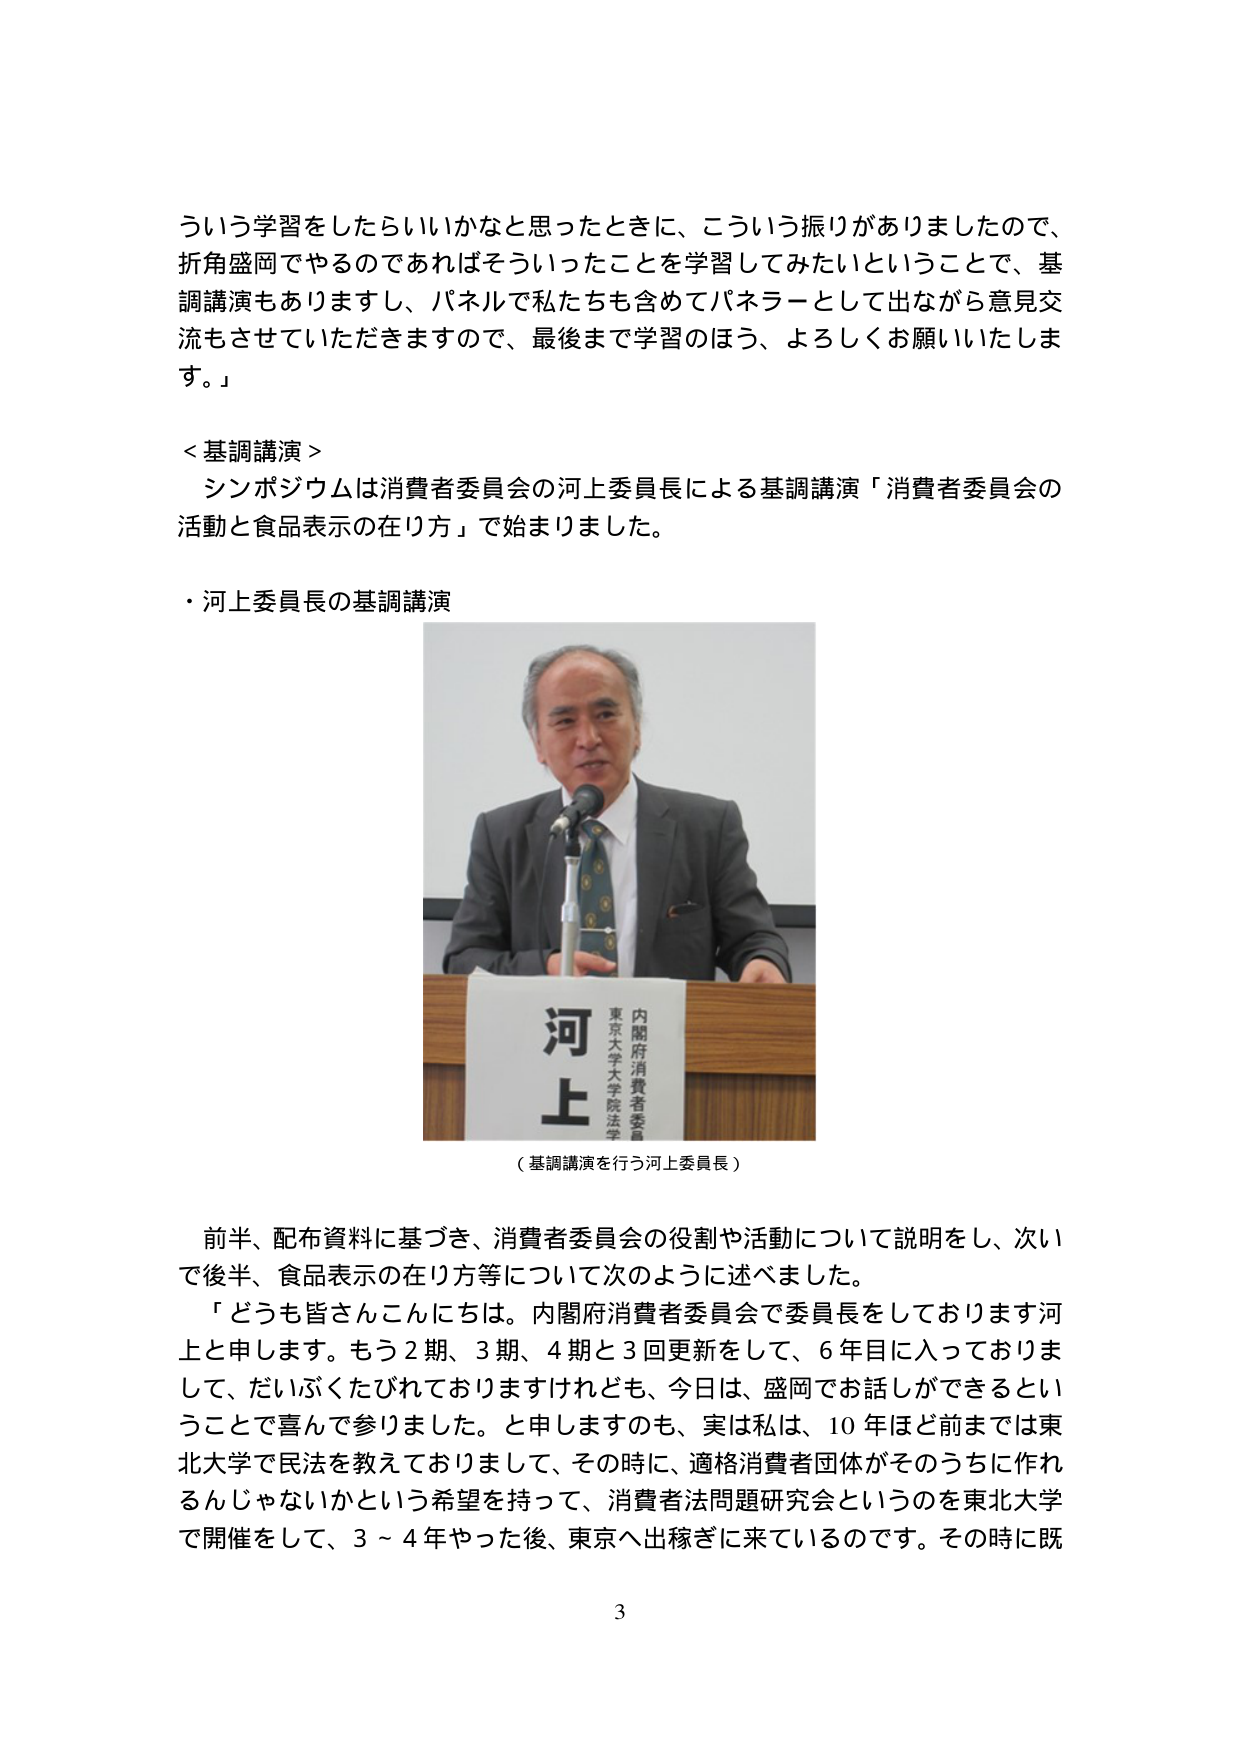
ういう学習をしたらしいかなと思ったときに、こういう振りがありましたので、
折角盛岡でやるのであればそういったことを学習してみたいということで、基
調講演もありますし、パネルで私たちも含めてパネラーとして出ながら意見交
流もさせていただきますので、最後まで学習のほう、よろしくお願いいたしま
す。」

＜基調講演＞
シンポジウムは消費者委員会の河上委員長による基調講演「消費者委員会の
活動と食品表示の在り方」で始まりました。

・河上委員長の基調講演

（基調講演を行う河上委員長）

前半、配布資料に基づき、消費者委員会の役割や活動について説明をし、次い
で後半、食品表示の在り方等について次のように述べました。
「どうも皆さんこんにちは。内閣府消費者委員会で委員長をしております河
上と申します。もう２期、３期、４期と３回更新をして、６年目に入っておりま
して、だいぶくたびれておりますけれども、今日は、盛岡でお話しができるとい
うことで喜んで参りました。と申しますのも、実は私は、10年ほど前までは東
北大学で民法を教えておりまして、その時に、適格消費者団体がそのうちに作れ
るんじゃないかという希望を持って、消費者法問題研究会というのを東北大学
で開催をして、3～4年やった後、東京へ出稼ぎに来ているのです。その時に既

河上
内閣府消費者委員
東京大学大学院法学

3